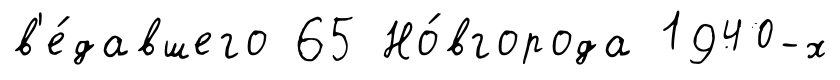
в'е́давшего 65 Но́вгорода 1940-х